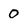
Character: 0